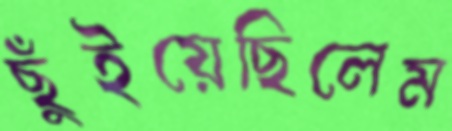
ছুঁইয়েছিলেম